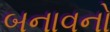
બનાવનો